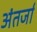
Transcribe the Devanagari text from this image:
अंतर्जा